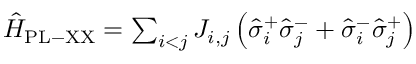
\begin{array} { r } { \hat { H } _ { \mathrm { { P L - X X } } } = \sum _ { i < j } J _ { i , j } \left( \hat { \sigma } _ { i } ^ { + } \hat { \sigma } _ { j } ^ { - } + \hat { \sigma } _ { i } ^ { - } \hat { \sigma } _ { j } ^ { + } \right) } \end{array}